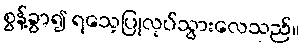
စွန့်ခွာ၍ ရသေ့ပြုလုပ်သွားလေသည်။